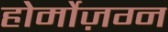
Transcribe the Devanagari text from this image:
होर्मोज़ग्न